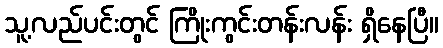
သူ့လည်ပင်းတွင် ကြိုးကွင်းတန်းလန်း ရှိနေပြီ။